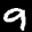
Label: 9